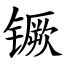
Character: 镢